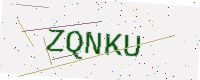
Text: ZQNKU